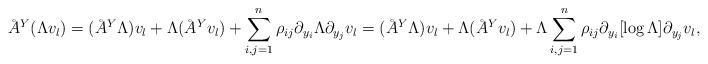
LaTeX: \begin{align*}\AA^Y(\Lambda v_l) = (\AA^Y \Lambda) v_l + \Lambda (\AA^Y v_l) + \sum_{i, j = 1}^n \rho_{ij} \partial_{y_i} \Lambda \partial_{y_j} v_l = (\AA^Y \Lambda) v_l + \Lambda (\AA^Y v_l) + \Lambda \sum_{i, j = 1}^n \rho_{ij} \partial_{y_i}[\log \Lambda] \partial_{y_j} v_l,\end{align*}